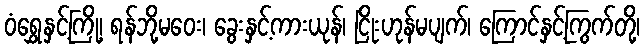
ဝံရွှေနှင့်ကြို့၊ ရန်ဘို့မဝေး၊ ခွေးနှင့်ကားယုန်၊ ငြိုးဟုန်မပျက်၊ ကြောင်နှင့်ကြွက်တို့၊